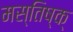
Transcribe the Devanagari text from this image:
मस्तिष्क्